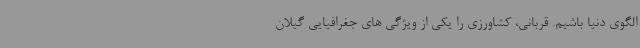
الگوی دنیا باشیم. قربانی، کشاورزی را یکی از ویژگی های جغرافیایی گیلان